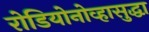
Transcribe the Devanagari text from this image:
रोडियोनोव्हासुद्धा